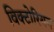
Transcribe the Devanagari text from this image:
विक्‍टोरियन